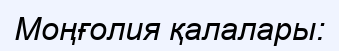
Моңғолия қалалары: